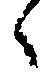
々